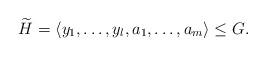
LaTeX: \begin{align*} \widetilde{H} = \langle y_1, \ldots, y_l , a_1, \ldots, a_m \rangle \le G. \end{align*}